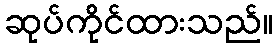
ဆုပ်ကိုင်ထားသည်။